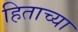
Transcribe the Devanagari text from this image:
हिताच्‍या